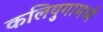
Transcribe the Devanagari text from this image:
कलियुगामध्ये